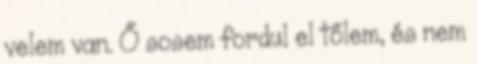
velem van. Ő sosem fordul el tőlem, és nem